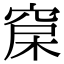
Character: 𥦃